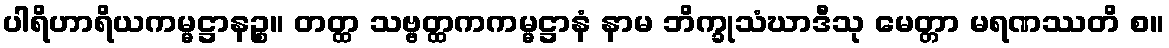
ပါရိဟာရိယကမ္မဋ္ဌာနဉ္စ။ တတ္ထ သဗ္ဗတ္ထကကမ္မဋ္ဌာနံ နာမ ဘိက္ခုသံဃာဒီသု မေတ္တာ မရဏဿတိ စ။